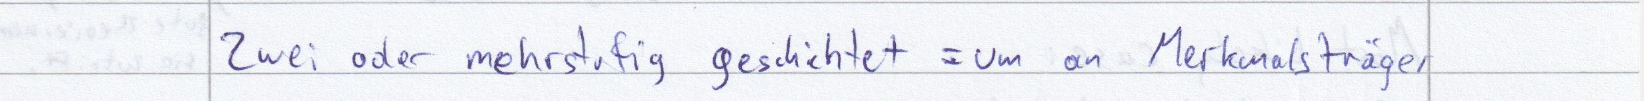
Zwei oder mehrstufig geschichtet = um an Merkmalsträger